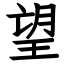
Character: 望